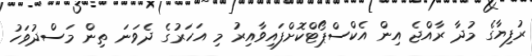
ރުފިޔާގެ މުދާ ރާއްޖެ އިން އެކްސްޕޯޓްކޮށްފައިވާއިރު މި އަހަރުގެ ދެވަނަ ތިން މަސްދުވަހު